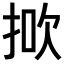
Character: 𢭻